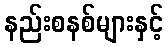
နည်းစနစ်များနှင့်